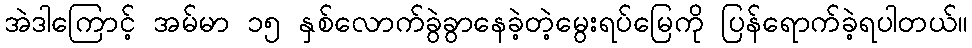
အဲဒါကြောင့် အမ်မာ ၁၅ နှစ်လောက်ခွဲခွာနေခဲ့တဲ့မွေးရပ်မြေကို ပြန်ရောက်ခဲ့ရပါတယ်။